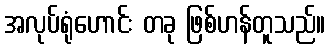
အလုပ်ရုံဟောင်း တခု ဖြစ်ဟန်တူသည်။